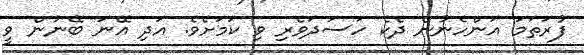
ފުރަތަމަ އަންހެނުން ދެކެ ހަސަދަވެރި ވި ކަމަށެވެ. އަދި އޭނަ ބޭނުން ވީ